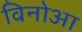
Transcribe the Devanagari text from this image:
विनोआ